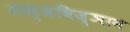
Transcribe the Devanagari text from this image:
गन्धविज्ञान